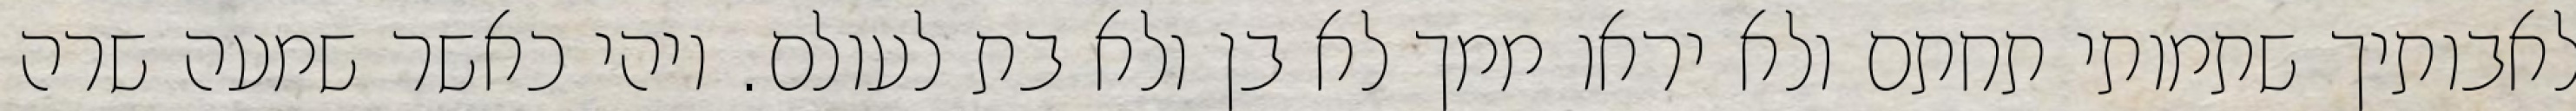
לאבותיך שתמותי תחתם ולא יראו ממך לא בן ולא בת לעולם. ויהי כאשר שמעה שרה